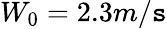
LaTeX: W_{0}=2.3m/\mathtt{s}